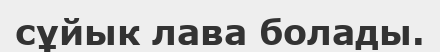
сұйык лава болады.